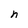
Character: n